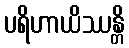
ပရိဟာယိဿန္တိ